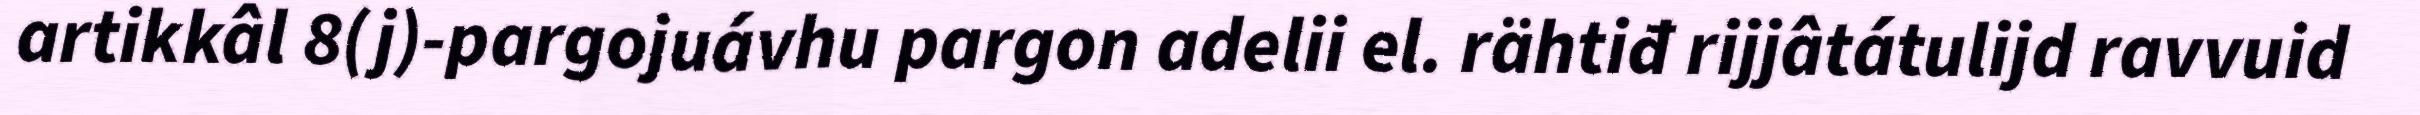
artikkâl 8(j)-pargojuávhu pargon adelii el. rähtiđ rijjâtátulijd ravvuid